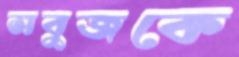
সবুজকে